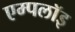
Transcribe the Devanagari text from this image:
एम्पलॉइ